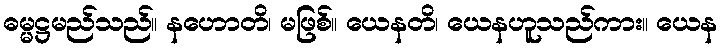
ဓမ္မဋ္ဌမည်သည်။ နဟောတိ၊ မဖြစ်။ ယေနတိ၊ ယေနဟူသည်ကား။ ယေန